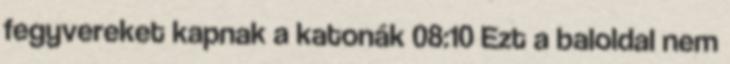
fegyvereket kapnak a katonák 08:10 Ezt a baloldal nem